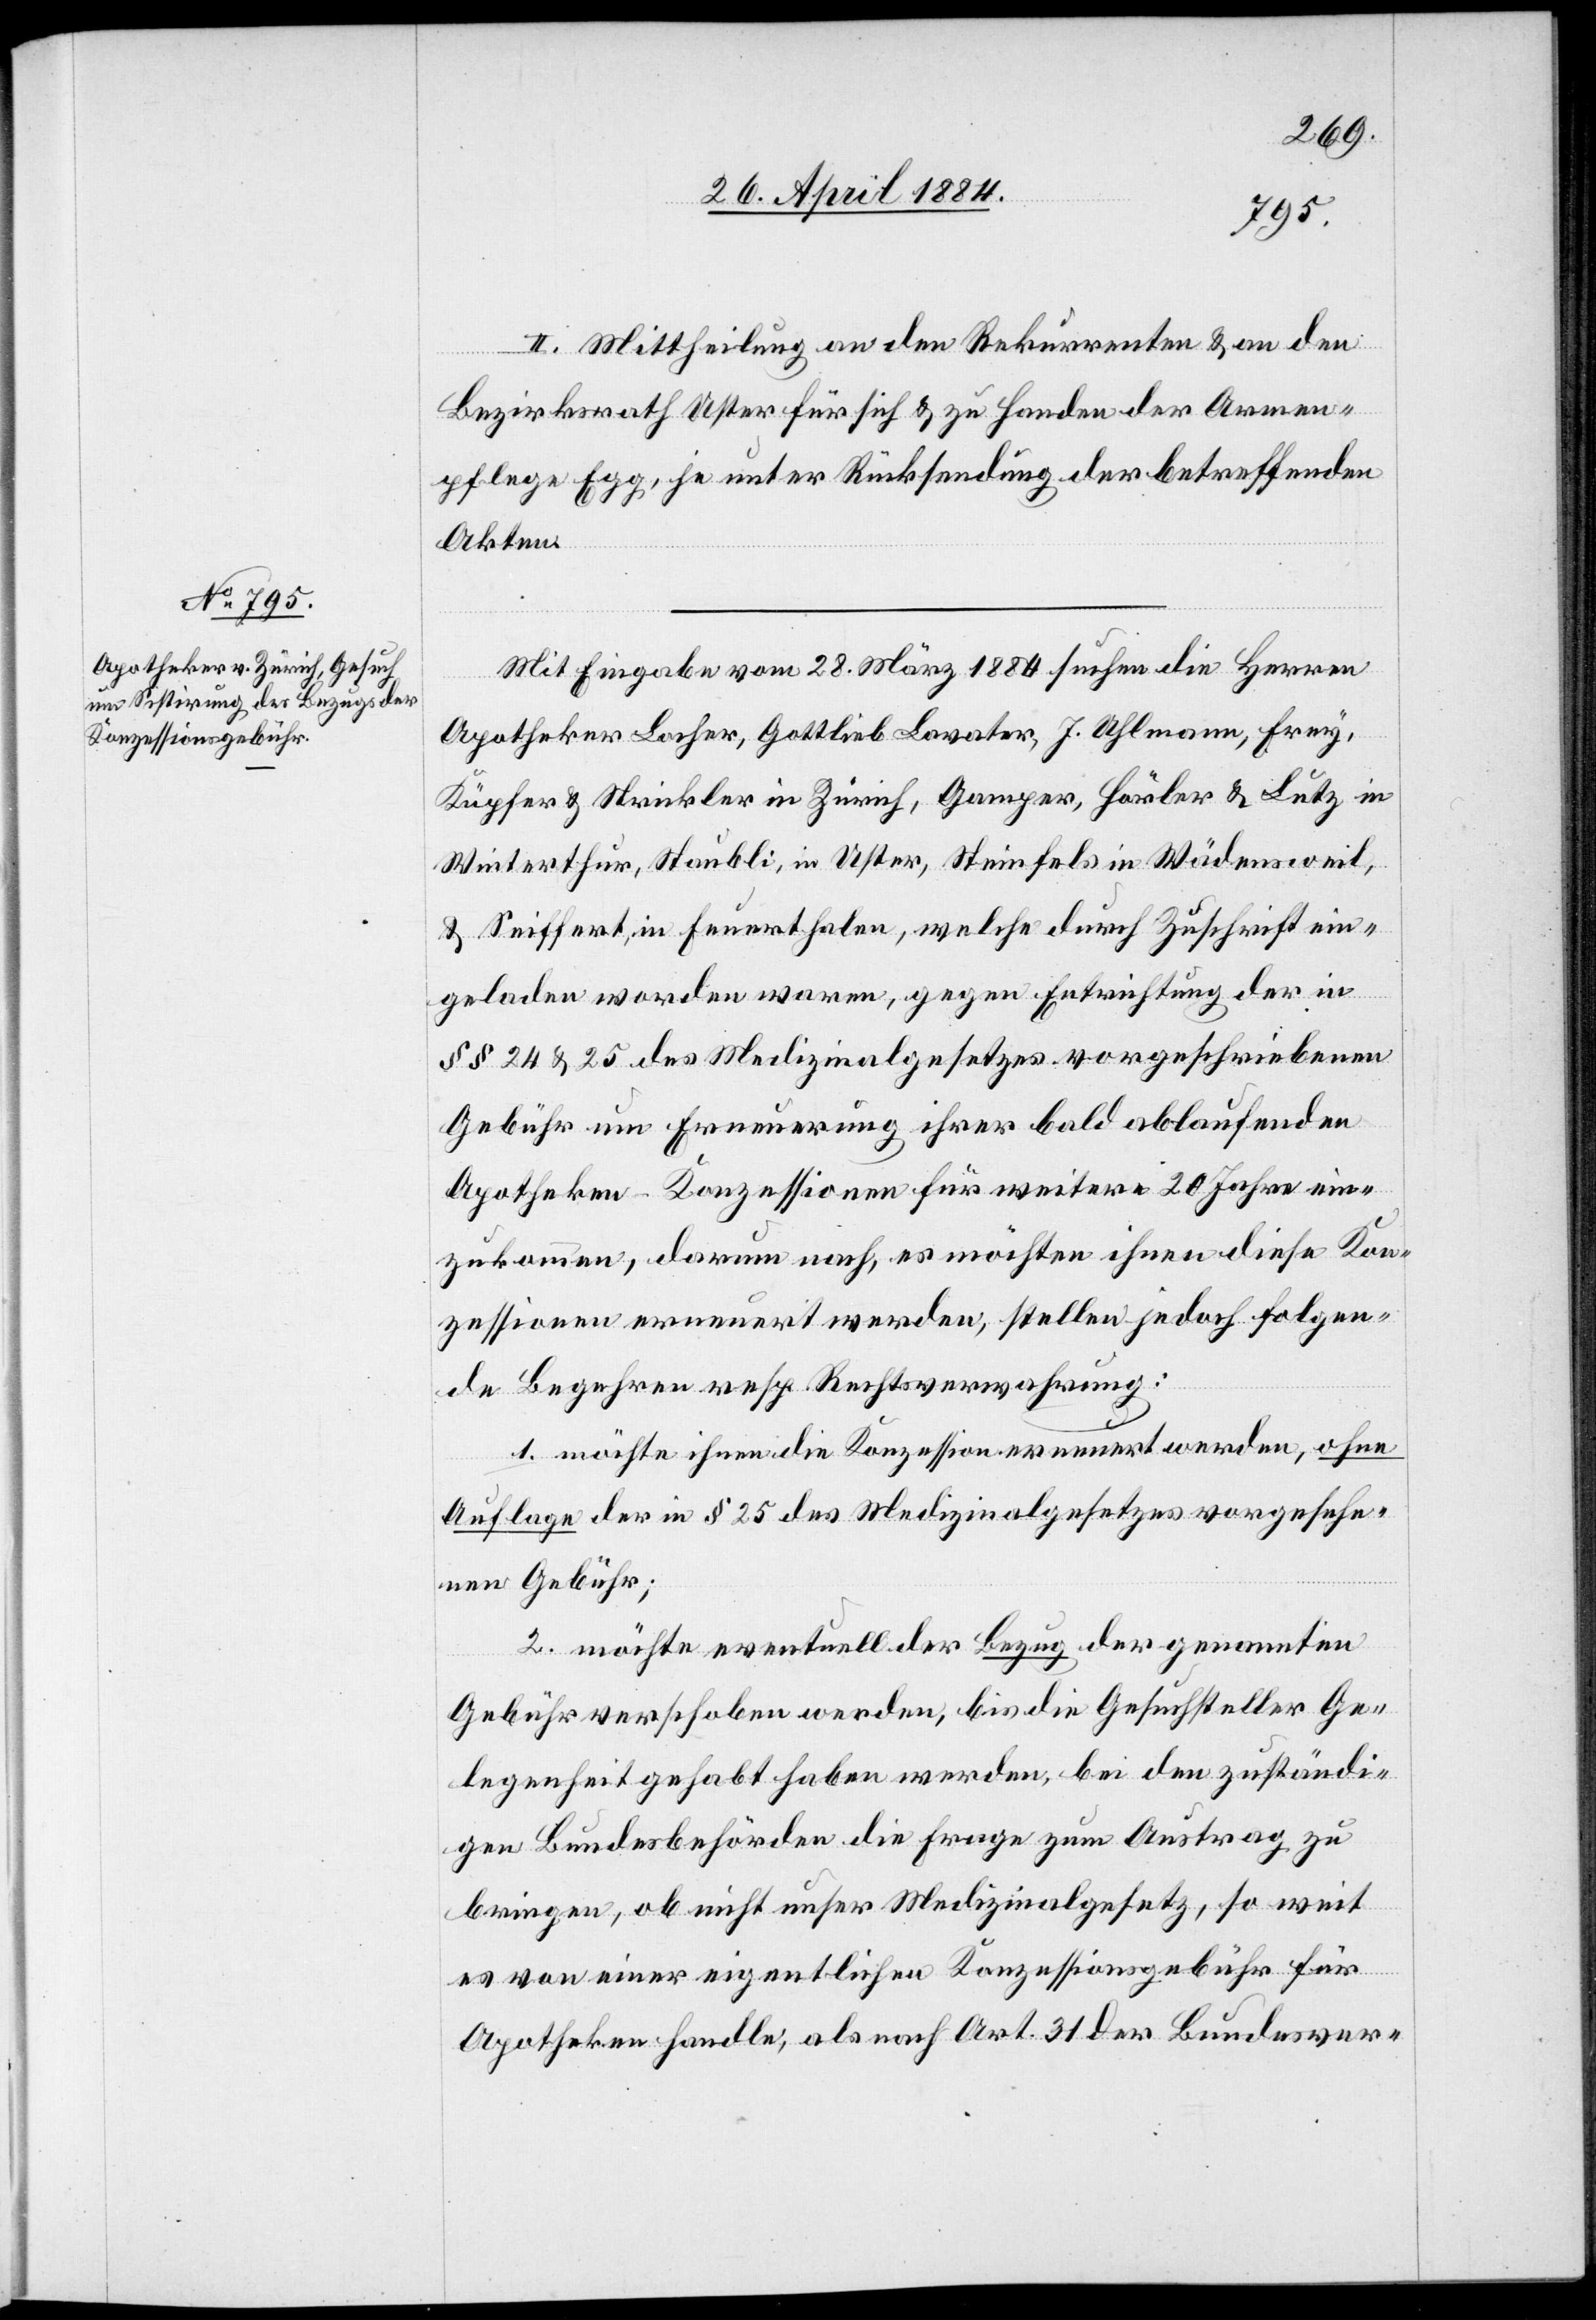
II. Mittheilung an den Rekurrenten & an den
Bezirksrath Uster für sich & zu Handen der Armen¬
pflege Egg, je unter Rücksendung der betreffenden
Akten.
Mit Eingabe vom 28. März 1884 suchen die Herren
Apotheker Lacher, Gottlieb Lavater, J. Uhlmann, Fr¬
ey & Strickler in Zürich, Gamper, Hörler & Lutz in
Winterthur, Stäubli, in Uster, Steinfels in Wädensweil,
& Seiffert, in Feuerthalen, welche durch Zuschrift ein¬
geladen worden waren, gegen Entrichtung der in
§§ 24 & 25 des Medizinalgesetzes vorgeschriebenen
Gebühr um Erneuerung ihrer bald ablaufenden
Apotheke Konzessionen für weitere 20 Jahre ein¬
zukommen, darum nach, es möchten ihnen diese Kon¬
zessionen erneuert werden, stellen jedoch folgen¬
de Begehren resp. Rechtsverwahrung:
1. möchte ihnen die Konzession erneuert werden, ohne
Auflage der in § 25 des Medizinalgesetzes vorgeführ¬
ten Gebühr;
2. möchte eventuell der Bezug der genannten
Gebühr verschoben werden, bis die Gesuchsteller Ge¬
legenheit gehabt haben werden, bei den zuständi¬
gen Bundesbehörden die Frage zum Austrag zu
bringen, ob nicht unser Medizinalgesetz, so weit
es von einer eigentlichen Konzessionsgebühr für
Apotheken handle, als nach Art. 31 der Bundesver-